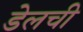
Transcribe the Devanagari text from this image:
डेलची